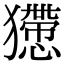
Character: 𤢻